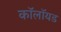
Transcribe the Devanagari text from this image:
कॉलॉयड